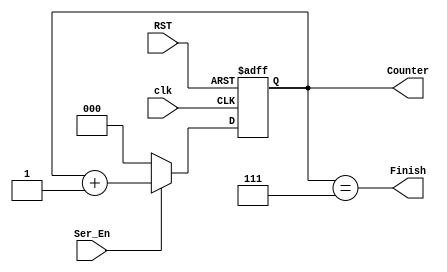
module Counter #(
   parameter Data_Width=8
) (
    input wire RST,
    input wire clk,
    input wire Ser_En,
    output reg [2:0] Counter,
    output wire Finish
);
//wire DFlag;

    always @(posedge clk or negedge RST ) begin
       if (!RST) begin
        Counter<=3'b0;
       end else if (!Ser_En) begin
        Counter<=3'b0;
       end else begin
        Counter<= Counter+1'b1;

       end
    end

    assign Finish=(Counter==3'b111);
/*
    always @(posedge clk ) begin
        Finish<=DFlag;
    end*/
endmodule